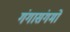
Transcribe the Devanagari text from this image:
गंगासंगमों